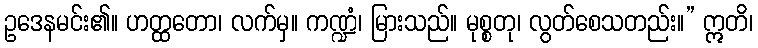
ဥဒေနမင်း၏။ ဟတ္ထတော၊ လက်မှ။ ကဏ္ဍံ၊ မြားသည်။ မုစ္စတု၊ လွတ်စေသတည်း။” ဣတိ၊